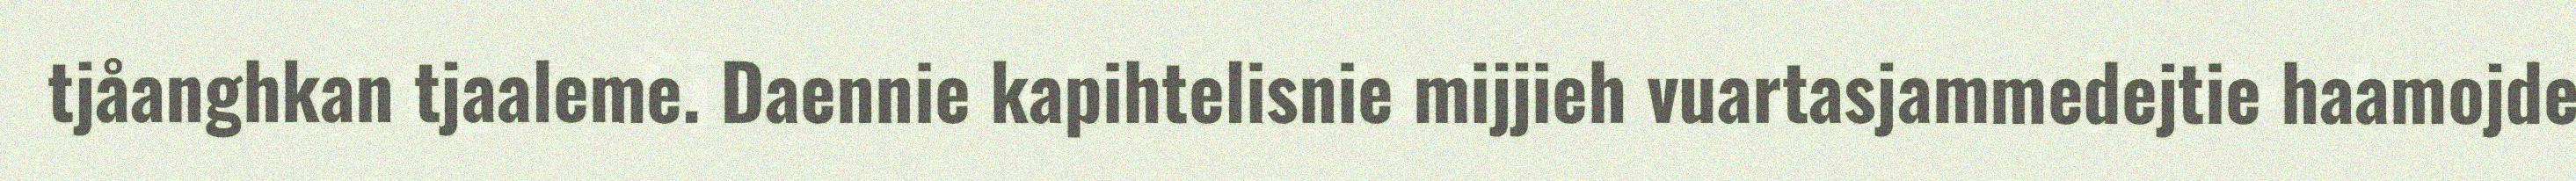
tjåanghkan tjaaleme. Daennie kapihtelisnie mijjieh vuartasjammedejtie haamojde